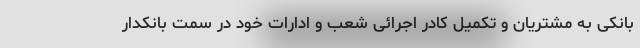
بانکی به مشتریان و تکمیل کادر اجرائی شعب و ادارات خود در سمت بانکدار